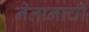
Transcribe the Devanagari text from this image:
नेतानाची